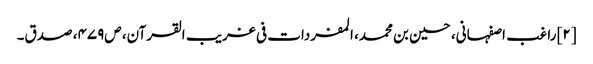
[۲] راغب اصفہانی، حسین بن محمد، المفردات فی غریب القرآن، ص‌۴۷۹، صدق۔